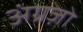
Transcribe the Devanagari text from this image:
अंग्रज़ो